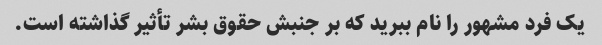
یک فرد مشهور را نام ببرید که بر جنبش حقوق بشر تأثیر گذاشته است.